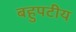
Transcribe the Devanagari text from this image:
बहुपटीय